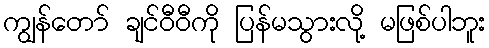
ကျွန်တော် ချင်ဝီဝီကို ပြန်မသွားလို့ မဖြစ်ပါဘူး